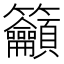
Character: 籲